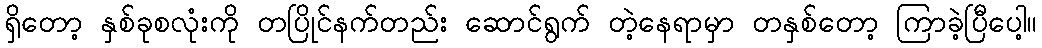
ရှိတော့ နှစ်ခုစလုံးကို တပြိုင်နက်တည်း ဆောင်ရွက် တဲ့နေရာမှာ တနှစ်တော့ ကြာခဲ့ပြီပေါ့။